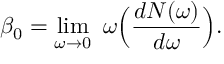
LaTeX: \beta _ { 0 } = \operatorname * { l i m } _ { \omega \to 0 } \ \omega \Big ( { \frac { d N ( \omega ) } { d \omega } } \Big ) .